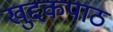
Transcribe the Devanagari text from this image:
खुद्दकपाठ